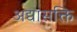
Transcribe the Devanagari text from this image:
अद्यासक्ति